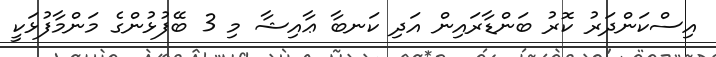
އިސްކަންދަރު ކޮރު ބަންޑާރައިން އަދި ކަނބާ ޢާއިޝާ މި 3 ބޭފުޅުންގެ މަންމާފުޅަކީ